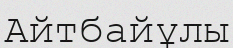
Айтбайұлы